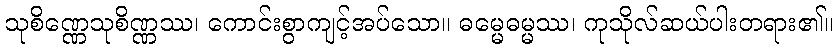
သုစိဏ္ဏေသုစိဏ္ဏဿ၊ ကောင်းစွာကျင့်အပ်သော။ ဓမ္မေဓမ္မဿ၊ ကုသိုလ်ဆယ်ပါးတရား၏။